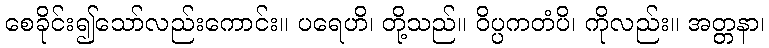
စေခိုင်း၍သော်လည်းကောင်း။ ပရေဟိ၊ တို့သည်။ ဝိပ္ပကတံပိ၊ ကိုလည်း။ အတ္တနာ၊